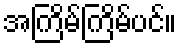
အကြိမ်ကြိမ်ပင်။